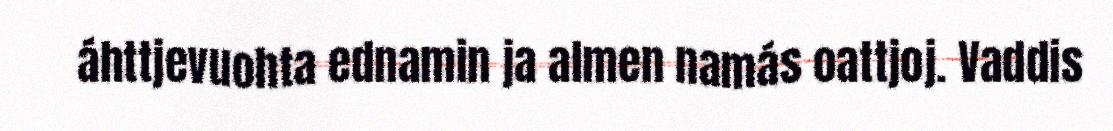
áhttjevuohta ednamin ja almen namás oattjoj. Vaddis